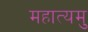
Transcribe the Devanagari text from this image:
महात्यमु